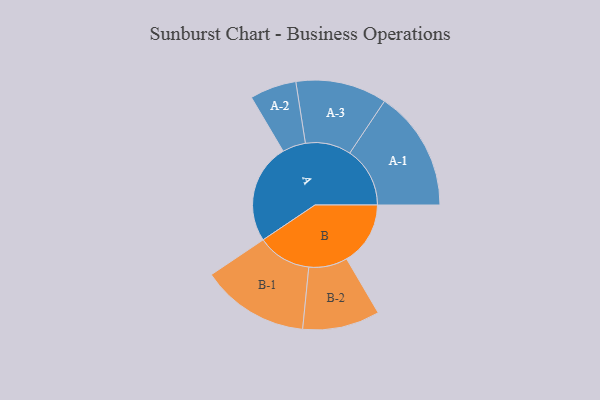
{"axis": {"x": "Segment", "y": "Value"}, "legend": ["", "A", "B"], "data": [{"x": "A", "y": 468, "type": ""}, {"x": "B", "y": 299, "type": ""}, {"x": "A-1", "y": 282, "type": "A"}, {"x": "A-2", "y": 109, "type": "A"}, {"x": "A-3", "y": 214, "type": "A"}, {"x": "B-1", "y": 253, "type": "B"}, {"x": "B-2", "y": 181, "type": "B"}]}